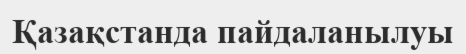
Қазақстанда пайдаланылуы